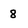
Character: 8